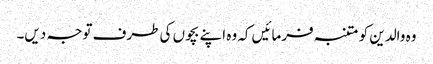
وہ والدین کو متنبہ فرمائیں کہ وہ اپنے بچوں کی طرف توجہ دیں۔